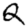
Digit: 2